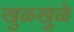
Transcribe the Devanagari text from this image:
खुळखुळे